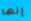
إنها